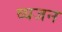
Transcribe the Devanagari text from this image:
व्यजन